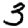
Digit: 3